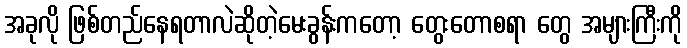
အခုလို ဖြစ်တည်နေရတာလဲဆိုတဲ့မေးခွန်းကတော့ တွေးတောစရာ တွေ အများကြီးကို